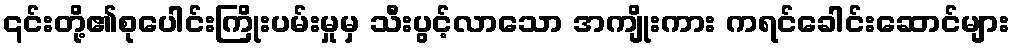
၎င်းတို့၏စုပေါင်းကြိုးပမ်းမှုမှ သီးပွင့်လာသော အကျိုးကား ကရင်ခေါင်းဆောင်များ